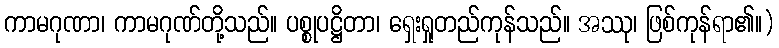
ကာမဂုဏာ၊ ကာမဂုဏ်တို့သည်။ ပစ္စုပဋ္ဌိတာ၊ ရှေးရှုတည်ကုန်သည်။ အဿု၊ ဖြစ်ကုန်ရာ၏။)